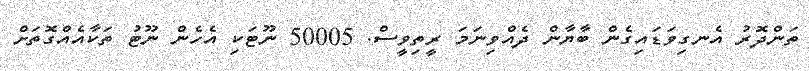
ތަންދޮރު އެނގިވަޑައިގެން ބާޔާން ދެއްވިނަމަ ރީތިވީސް. 50005 ނޫޓަކި އެހެން ނޫޓު ތަކާއެއްގޮތަށް